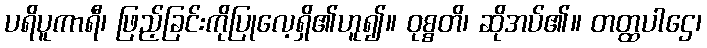
ပရိပူကာရီ၊ ဖြည့်ခြင်းကိုပြုလေ့ရှိ၏ဟူ၍။ ဝုစ္စတိ၊ ဆိုအပ်၏။ တတ္ထပါဌေ၊